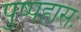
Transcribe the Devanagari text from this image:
पुष्पहासः